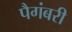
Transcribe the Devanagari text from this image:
पैगंबरी